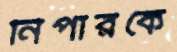
নিপারকে